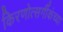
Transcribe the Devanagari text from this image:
किरणोत्सर्गीकंच्या